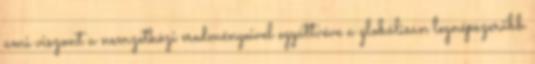
ami viszont a nemzetközi eredményeivel együttvéve a globálisan legnépszerűbb